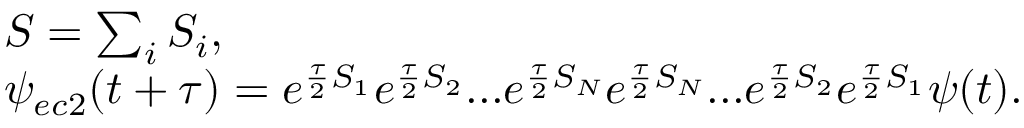
\begin{array} { r l } & { S = \sum _ { i } S _ { i } , } \\ & { \psi _ { e c 2 } ( t + \tau ) = e ^ { \frac { \tau } { 2 } S _ { 1 } } e ^ { \frac { \tau } { 2 } S _ { 2 } } . . . e ^ { \frac { \tau } { 2 } S _ { N } } e ^ { \frac { \tau } { 2 } S _ { N } } . . . e ^ { \frac { \tau } { 2 } S _ { 2 } } e ^ { \frac { \tau } { 2 } S _ { 1 } } \psi ( t ) . } \end{array}